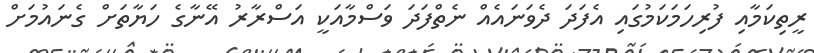
ރީތިކަމާއި ފުރިހަމަކަމުގައި އެފަދަ ދެވަނައެއް ނެތްފަދަ ވަސްމާއަކީ އަސްރާރު އޭނާގެ ހަޔާތަށް ގެނައުމަށް